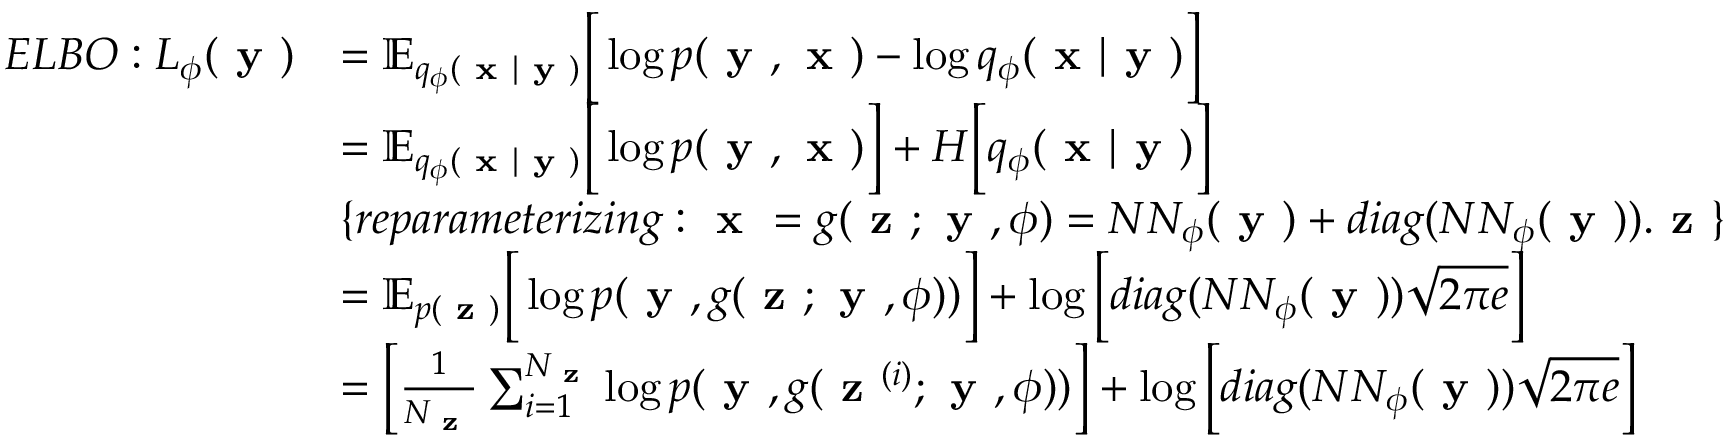
\begin{array} { r l } { E L B O : L _ { \phi } ( \textbf { y } ) } & { = \mathbb { E } _ { q _ { \phi } ( \textbf { x } | \textbf { y } ) } \Big [ \log p ( \textbf { y } , \textbf { x } ) - \log q _ { \phi } ( \textbf { x } | \textbf { y } ) \Big ] } \\ & { = \mathbb { E } _ { q _ { \phi } ( \textbf { x } | \textbf { y } ) } \Big [ \log p ( \textbf { y } , \textbf { x } ) \Big ] + H \Big [ q _ { \phi } ( \textbf { x } | \textbf { y } ) \Big ] } \\ & { \{ r e p a r a m e t e r i z i n g : \textbf { x } = g ( \textbf { z } ; \textbf { y } , \phi ) = N N _ { \phi } ( \textbf { y } ) + d i a g ( N N _ { \phi } ( \textbf { y } ) ) . \textbf { z } \} } \\ & { = \mathbb { E } _ { p ( \textbf { z } ) } \Big [ \log p ( \textbf { y } , g ( \textbf { z } ; \textbf { y } , \phi ) ) \Big ] + \log \Big [ d i a g ( N N _ { \phi } ( \textbf { y } ) ) \sqrt { 2 \pi e } \Big ] } \\ & { = \Big [ \frac { 1 } { N _ { \textbf { z } } } \sum _ { i = 1 } ^ { N _ { \textbf { z } } } \log p ( \textbf { y } , g ( \textbf { z } ^ { ( i ) } ; \textbf { y } , \phi ) ) \Big ] + \log \Big [ d i a g ( N N _ { \phi } ( \textbf { y } ) ) \sqrt { 2 \pi e } \Big ] } \end{array}